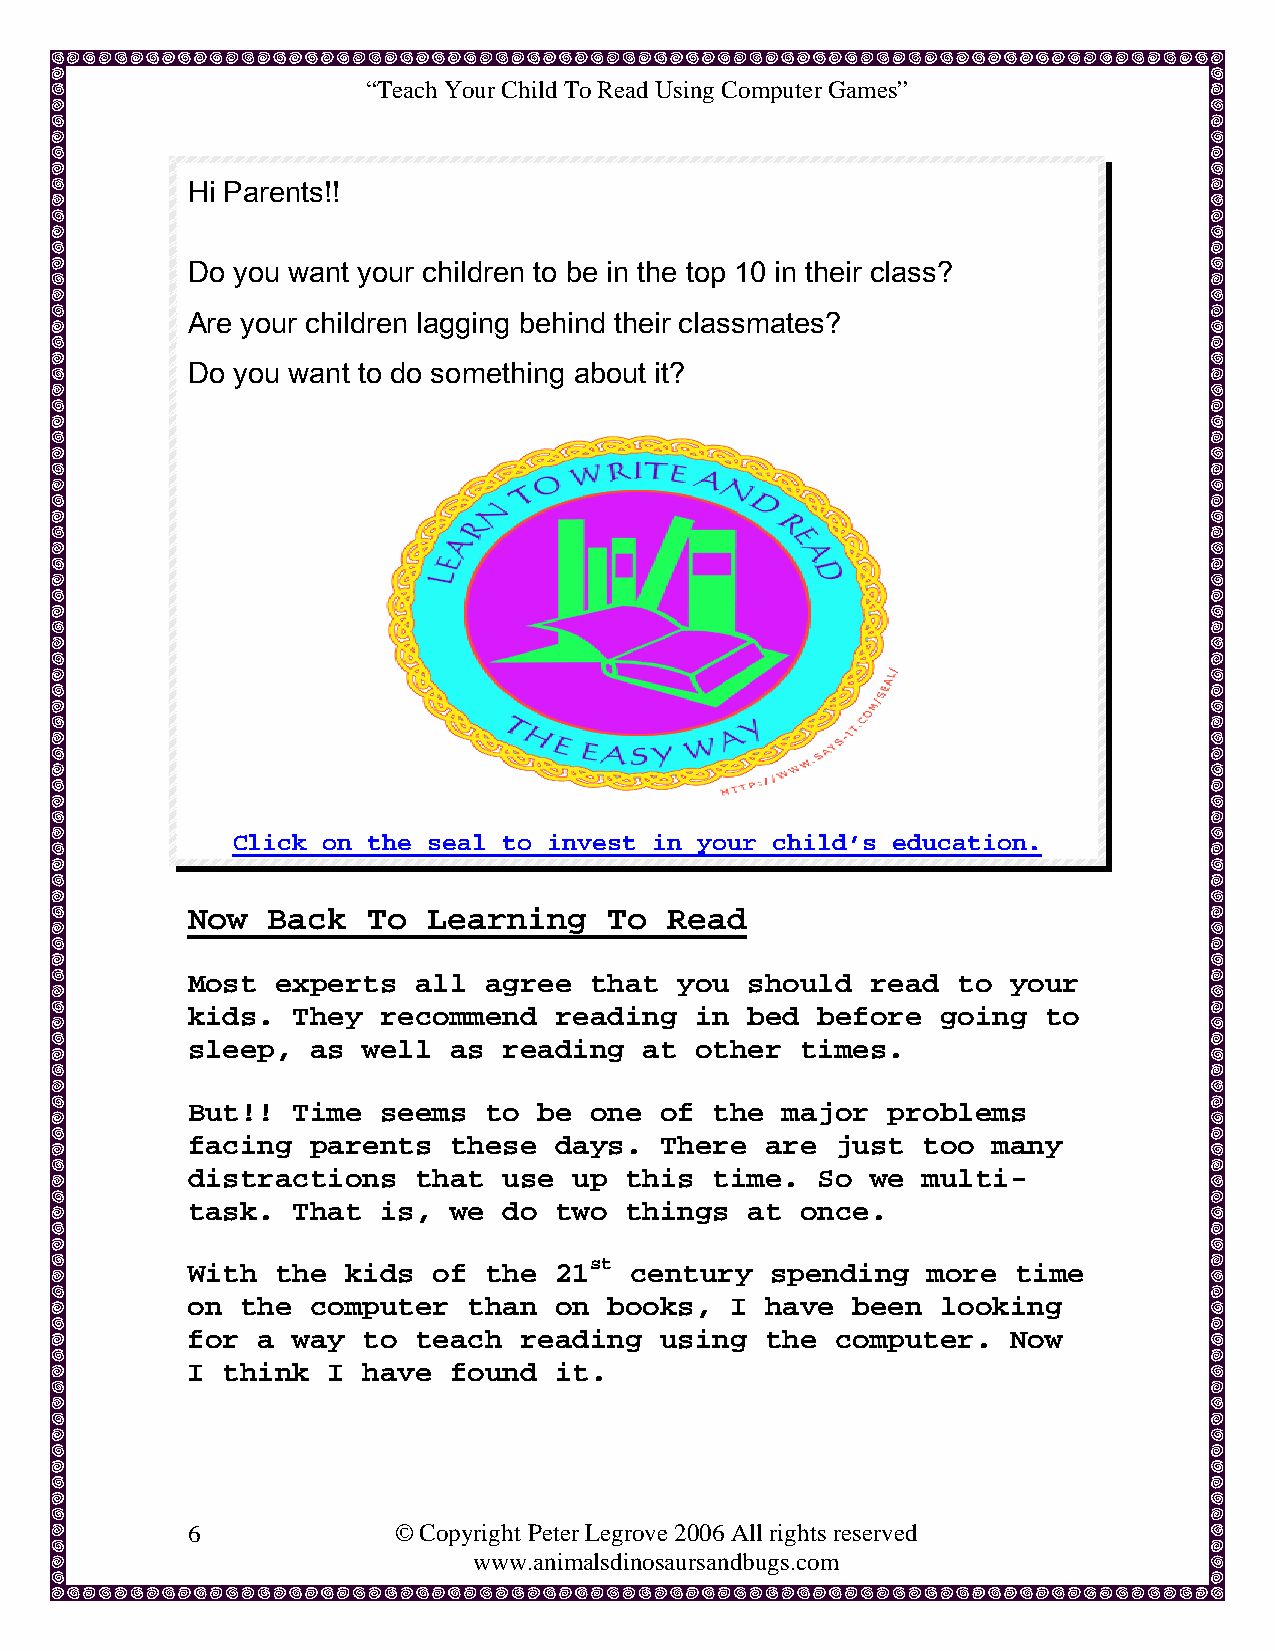
“Teach Your Child To Read Using Computer Games”
 Hi Parents!!
 Do you want your children to be in the top 10 in their class?
 Are your children lagging behind their classmates?
 Do you want to do something about it?
 Click on the seal to invest in your child’s education.
 Now   Back  To  Learning    To  Read
 Most  experts  all  agree  that  you should   read to  your
 kids.  They  recommend   reading  in bed  before  going  to
 sleep,   as well  as reading   at other  times.
 But!!  Time  seems  to  be one  of the  major  problems
 facing   parents  these  days.  There  are just  too  many
 distractions   that  use  up this  time.  So  we multi-
 task.  That  is,  we do  two things  at  once.
 With  the  kids  of the  21st century  spending  more  time
 on  the  computer  than  on books,  I  have been  looking
 for  a way  to teach  reading   using  the computer.   Now
 I  think  I have  found  it.
 6             © Copyright Peter Legrove 2006 All rights reserved
 www.animalsdinosaursandbugs.com